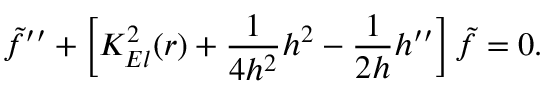
{ \tilde { f } } ^ { \prime \prime } + \left[ K _ { E l } ^ { 2 } ( r ) + \frac { 1 } { 4 h ^ { 2 } } h ^ { 2 } - \frac { 1 } { 2 h } h ^ { \prime \prime } \right] { \tilde { f } } = 0 .